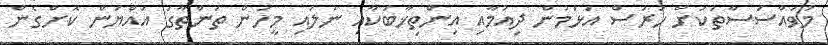
މުވައްސަސާތަކަށް ހުރަސް އަޅަމުން ދިއުމާއި އިންތިޚާބަކާއި ނުލައި މީހުން ތަންތާގަ އައްްޔަން ކޮށްގެން